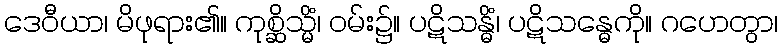
ဒေဝီယာ၊ မိဖုရား၏။ ကုစ္ဆိသ္မိံ၊ ဝမ်း၌။ ပဋိသန္ဓိံ၊ ပဋိသန္ဓေကို။ ဂဟေတွာ၊